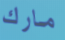
مارك